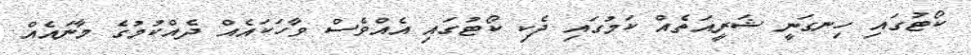
ކޯޓުގައި ހިނގަނީ ޝަރީއަތެއް ކަމުގައި ދެކި ކޯޓުގައި އެއްވެސް ވާހަކައެއް ދެއްކުމުގެ މާނައެއް